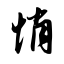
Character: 悄